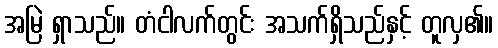
အမြဲ ရှာသည်။ တံငါလက်တွင်း အသက်ရှိသည်နှင့် တူလှ၏။